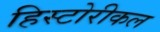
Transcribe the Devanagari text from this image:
हिस्टोरीकल